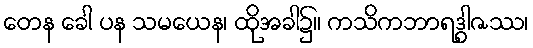
တေန ခေါ ပန သမယေန၊ ထိုအခါ၌။ ကသိကဘာရဒွါဇဿ၊